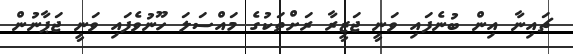
ޗައިނާ އިން ބުނެފައި ވަނީ ޖަޒީރާ ރަށްތަކުގެ މައްސަލަ ހޫނުވެފައި ވަނީ ޖަޕާނުން